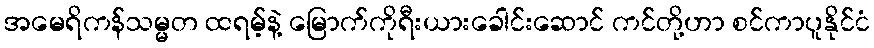
အမေရိကန်သမ္မတ ထရမ့်နဲ့ မြောက်ကိုရီးယားခေါင်းဆောင် ကင်တို့ဟာ စင်ကာပူနိုင်ငံ